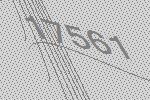
17561